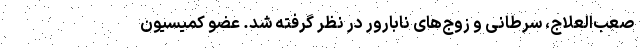
صعب‌العلاج، سرطانی و زوج‌های نابارور در نظر گرفته شد. عضو کمیسیون